Indian journal of veterinary science and animal husbandry - Volumes 22-23, 1952-1953
Year: 1952
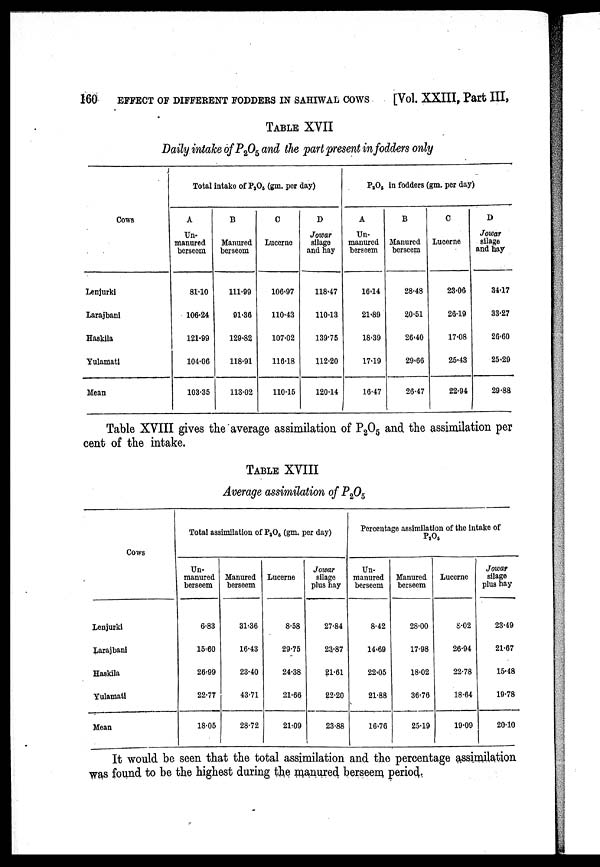
160
EFFECT OF DIFFERENT FODDERS IN SAHIWAL COWS
[Vol. XXIII, Part III,
TABLE XVII
Daily intake of P 2 O 5 and the part present in fodders only
Cows
Lenjurki
Larajbani
Haskila
Yulamati
Mean
Total intake of P 2 O 5 (gm. per day)
A
Un-
manured
berseem
81.10
106.24
121.99
104.06
103.35
B
Manured
berseem
111.99
91.36
129.82
118.91
113.02
C
Lucerne
106.97
110.43
107.02
116.18
110.15
D
Jowar
silage
and hay
118.47
110.13
139.75
112.20
120.14
P 2 O 5 in fodders (gm. per day)
A
Un-
manured
berseem
16.14
21.89
18.39
17.19
16.47
B
Manured
berseem
28.48
20.51
26.40
29.66
26.47
C
Lucerne
23.06
26.19
17.08
25.43
22.94
D
Jowar
silage
and hay
34.17
33.27
26.60
25.29
29.88
Table XVIII gives the average assimilation of P 2 O 5 and the assimilation per
cent of the intake.
TABLE XVIII
Average assimilation of P 2 O 5
Cows
Lenjurki
Larajbani
Haskila
Yulamati
Mean
Total assimilation of P 2 O 5 (gm. per day)
Un-
manured
berseem
6.83
15.60
26.99
22.77
18.05
Manured
berseem
31.36
16.43
23.40
43.71
28.72
Lucerne
8.58
29.75
24.38
21.66
21.09
Jowar
silage
plus hay
27.84
23.87
21.61
22.20
23.88
Percentage assimilation of the intake of
P 2 O 5
Un-
manured
berseem
8.42
14.69
22.05
21.88
16.76
Manured
berseem
28.00
17.98
18.02
36.76
25.19
Lucerne
8.02
26.94
22.78
18.64
19.09
Jowar
silage
plus hay
23.49
21.67
15.48
19.78
20.10
It would be seen that the total assimilation and the percentage assimilation
was found to be the highest during the manured berseem period.